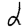
Digit: 2